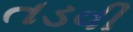
તડવી